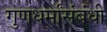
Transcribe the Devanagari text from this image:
गुणधर्मांसंबंधी